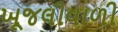
ખૂજલીવાળી